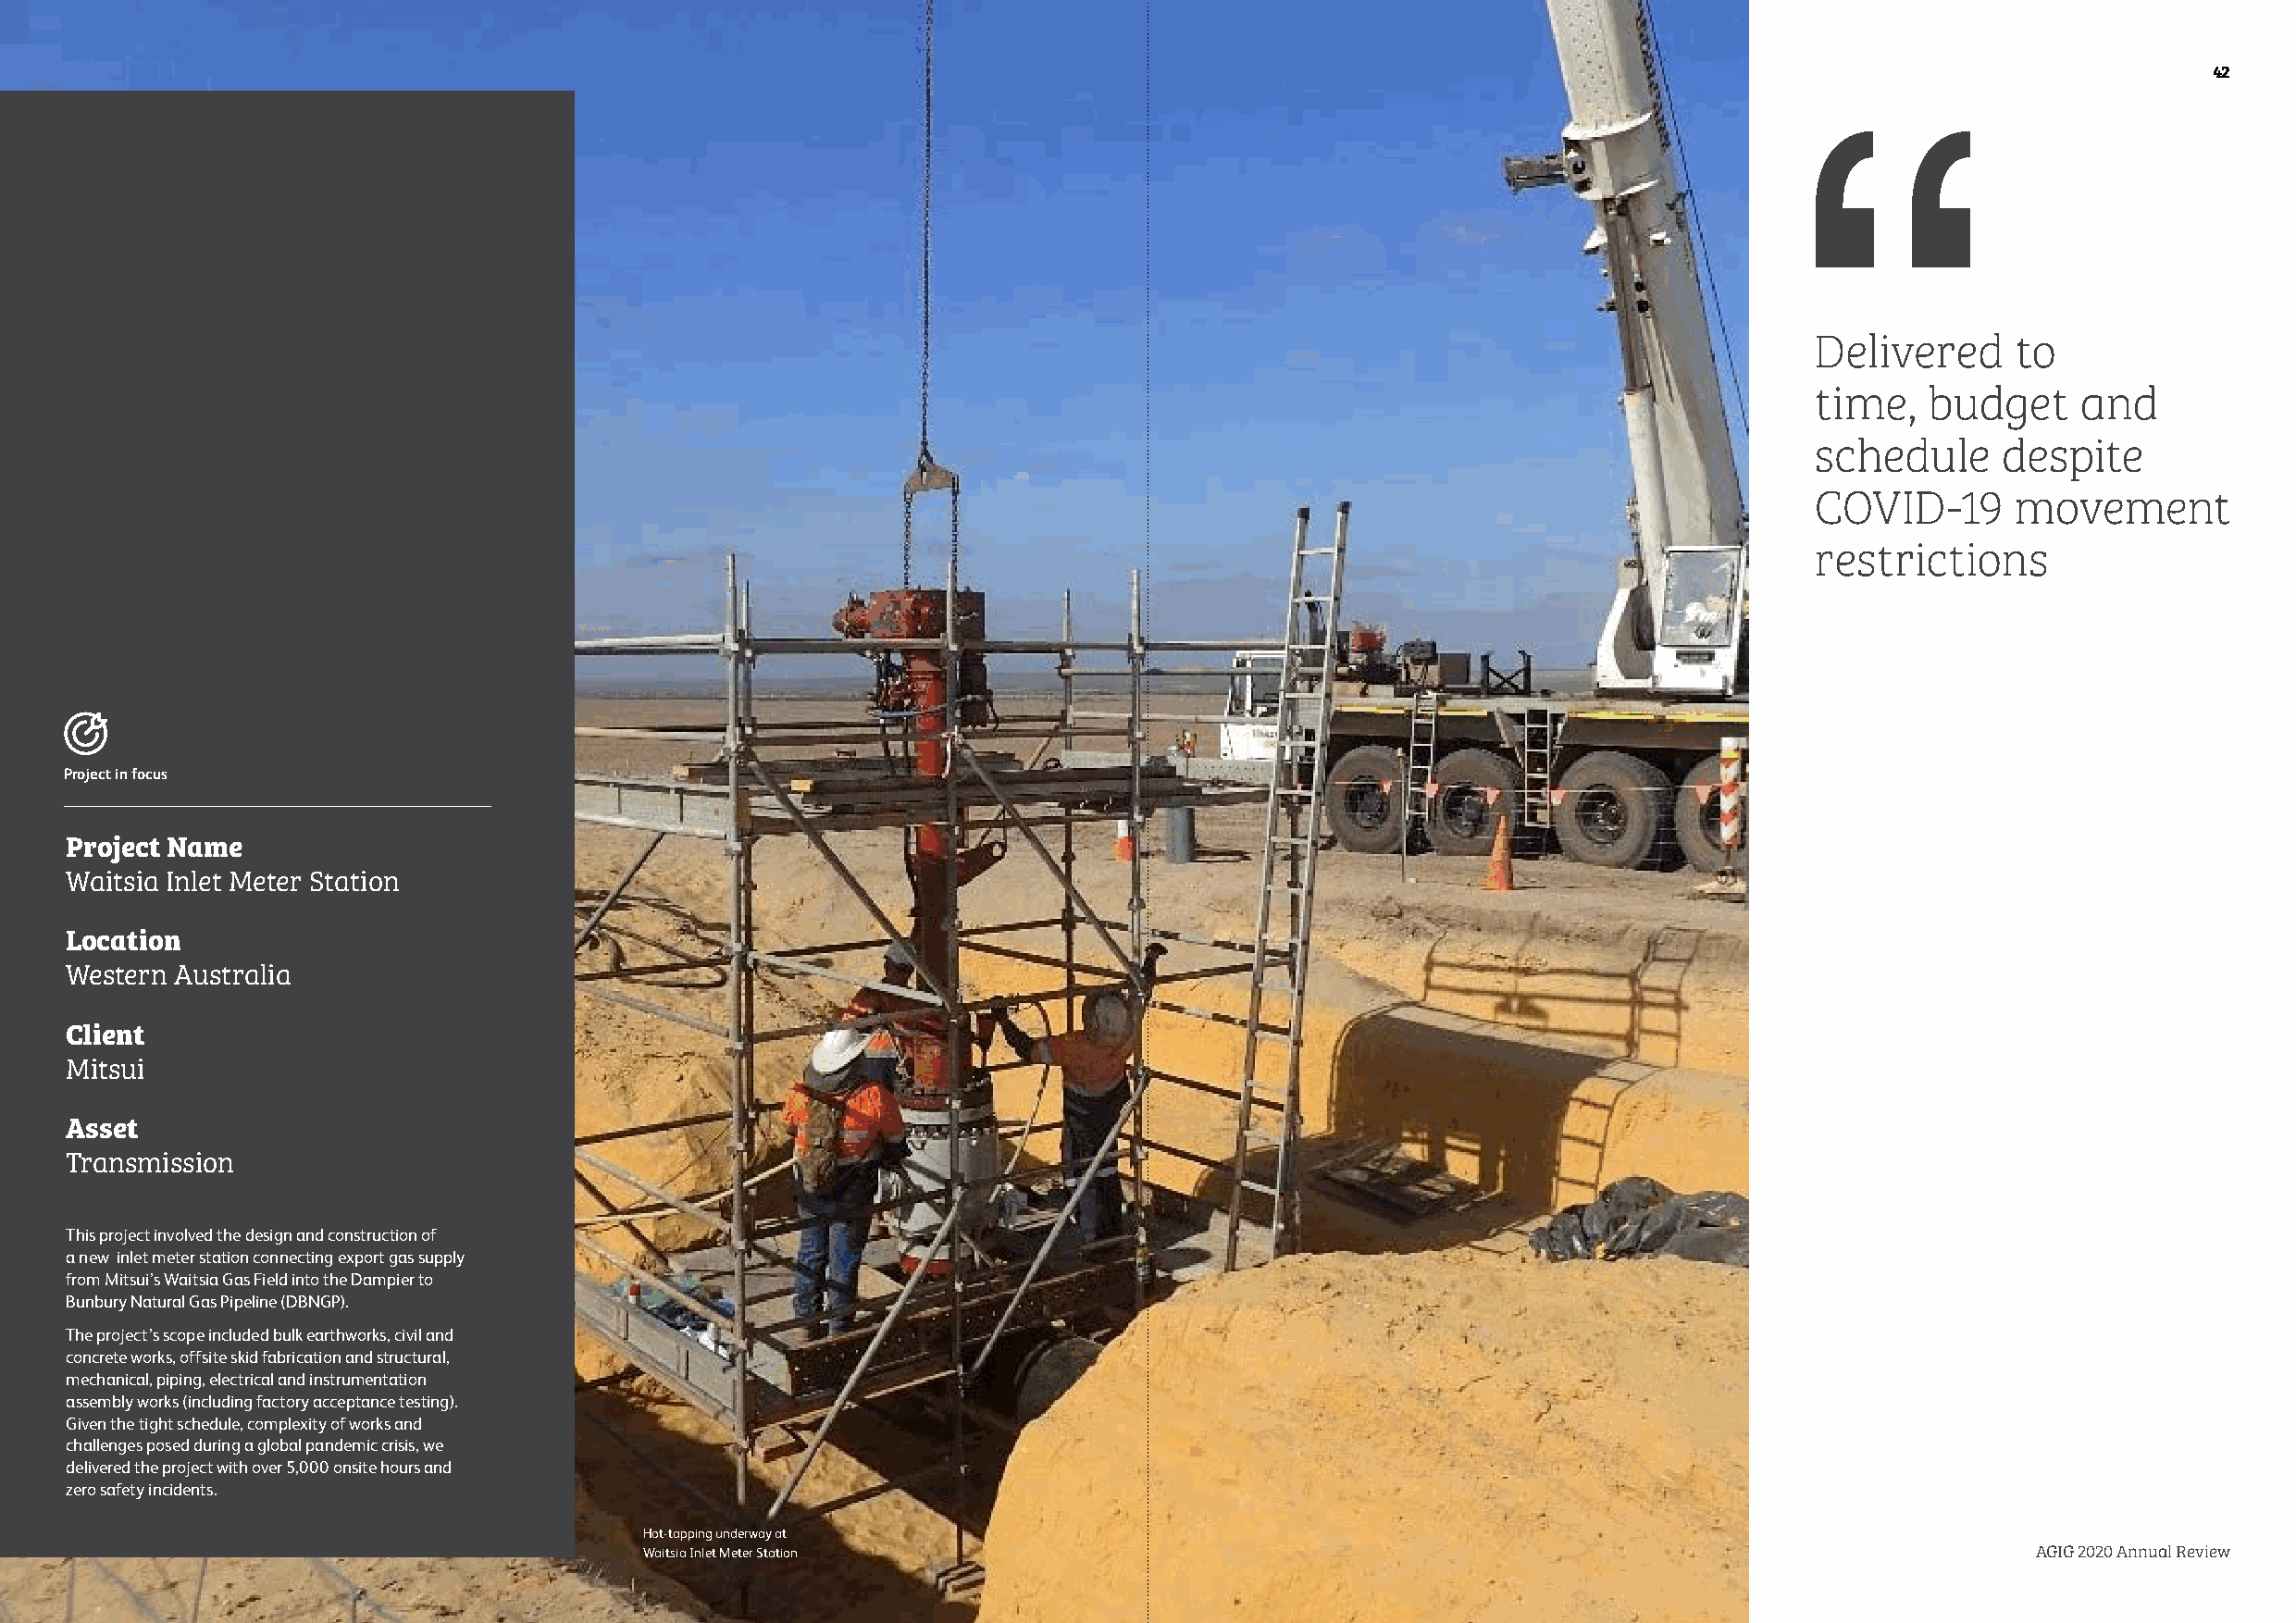
42
 Delivered     to
 time,   budget     and
 schedule     despite
 COVID-19      movement
 restrictions
 Project in focus
 Project Name
 Waitsia Inlet Meter Station
 Location
 Western Australia
 Client
 Mitsui
 Asset
 Transmission
 This project involved the design and construction of
 a new inlet meter station connecting export gas supply
 from Mitsui’s Waitsia Gas Field into the Dampier to
 Bunbury Natural Gas Pipeline (DBNGP).
 The project’s scope included bulk earthworks, civil and
 concrete works, offsite skid fabrication and structural,
 mechanical, piping, electrical and instrumentation
 assembly works (including factory acceptance testing).
 Given the tight schedule, complexity of works and
 challenges posed during a global pandemic crisis, we
 delivered the project with over 5,000 onsite hours and
 zero safety incidents.
 Hot-tapping underway at
 Waitsia Inlet Meter Station                                                                         AGIG 2020 Annual Review